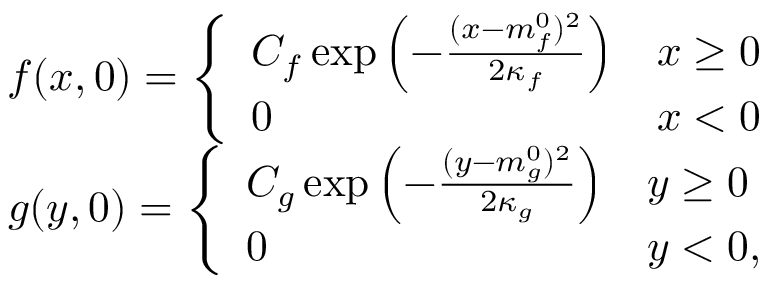
\begin{array} { r } { f ( x , 0 ) = \left\{ \begin{array} { l l } { C _ { f } \exp \left( - \frac { ( x - m _ { f } ^ { 0 } ) ^ { 2 } } { 2 \kappa _ { f } } \right) } & { x \ge 0 } \\ { 0 } & { x < 0 } \end{array} \right. } \\ { g ( y , 0 ) = \left\{ \begin{array} { l l } { C _ { g } \exp \left( - \frac { ( y - m _ { g } ^ { 0 } ) ^ { 2 } } { 2 \kappa _ { g } } \right) } & { y \ge 0 } \\ { 0 } & { y < 0 , } \end{array} \right. } \end{array}